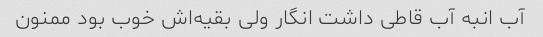
آب انبه آب قاطی داشت انگار ولی بقیه‌اش خوب بود ممنون